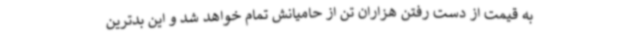
به قیمت از دست رفتن هزاران تن از حامیانش تمام خواهد شد و این بدترین